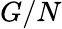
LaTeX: G/N